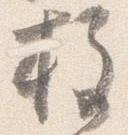
柱